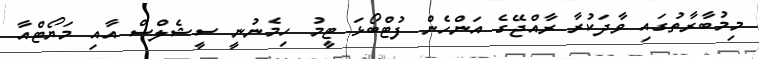
މިމުބާރާތުގައި ވާދަކުރާ ރާއްޖޭގެ އަންހެން ފުޓްބޯޅަ ޓީމު ހިމެނުނީ ސީޝެލްސް އާއި މަޔޯޓްއާ